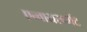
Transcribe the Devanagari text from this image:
एन्वायरन्मेंट